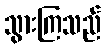
သွားကြသည်